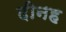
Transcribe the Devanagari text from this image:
दीनह